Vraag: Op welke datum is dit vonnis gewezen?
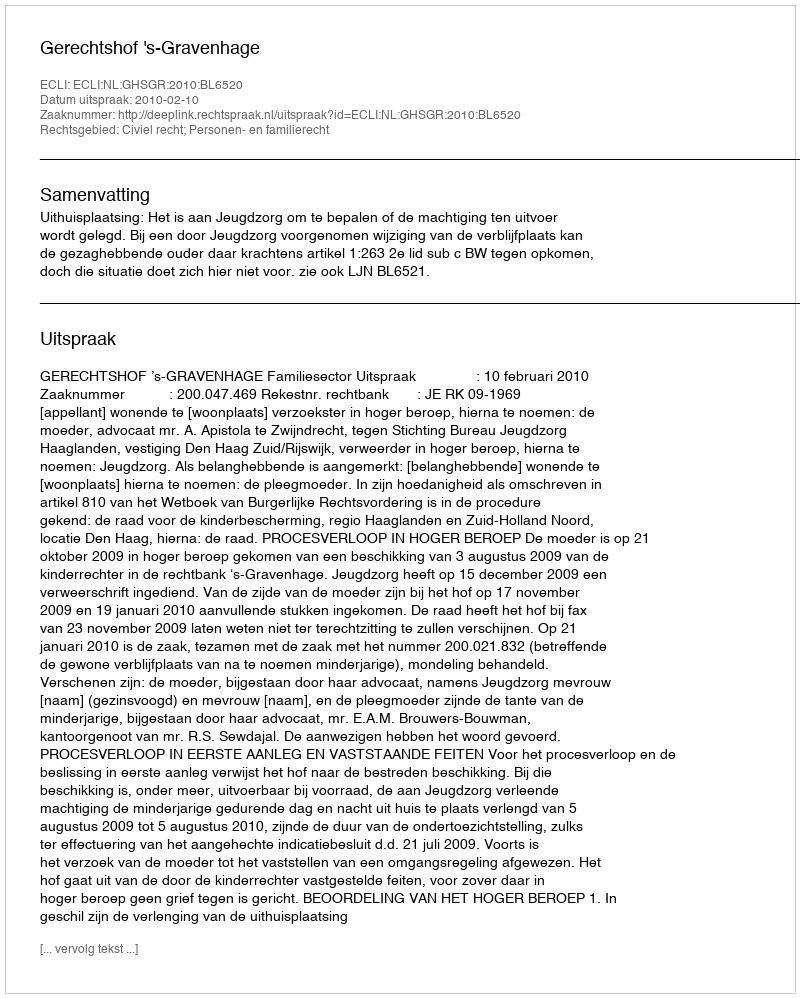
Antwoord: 2010-02-10